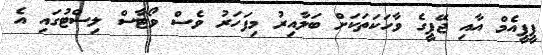
ޕީޕީއެމް އާއި ޖޭޕީގެ ވާހަކަތަކަށް ބަލާއިރު މިފަހަރު ވެސް ވޯޓާސް ލިސްޓުގައި އެ